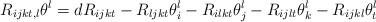
LaTeX: \begin{align*} R_{ijkt, l}\theta^l = d R_{ijkt}-R_{ljkt}\theta^l_i-R_{ilkt}\theta^l_j-R_{ijlt}\theta^l_k-R_{ijkl}\theta^l_t \end{align*}